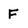
Character: F